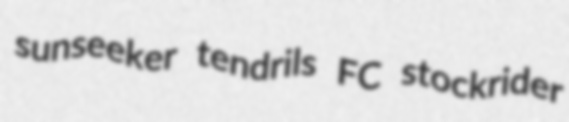
sunseeker tendrils FC stockrider